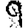
Digit: 9